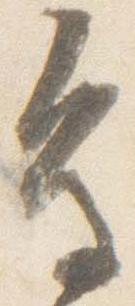
鳥